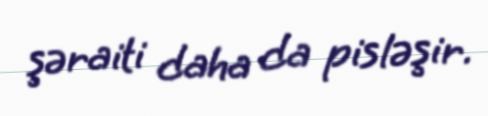
şəraiti daha da pisləşir.